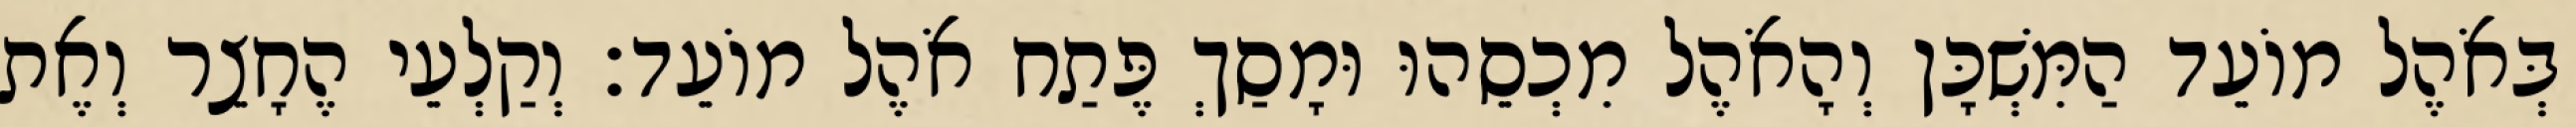
בְּאֹהֶל מוֹעֵד הַמִּשְׁכָּן וְהָאֹהֶל מִכְסֵהוּ וּמָסַךְ פֶּתַח אֹהֶל מוֹעֵד׃ וְקַלְעֵי הֶחָצֵר וְאֶת